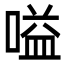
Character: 嗌